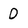
Character: D